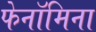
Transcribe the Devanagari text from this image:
फेनॉमिना